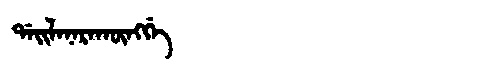
Manchu: ᡩᠠᡳᠯᠠᠨᠠᡵᠠᡴᡡᠩᡤᡝ
Romanization: DAILANARAKŪNGGE